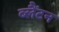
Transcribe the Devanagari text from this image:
ब्लैंटन